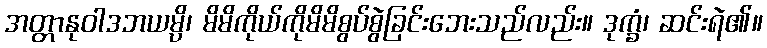
အတ္တာနုဝါဒဘယမ္ပိ၊ မိမိကိုယ်ကိုမိမိစွပ်စွဲခြင်းဘေးသည်လည်း။ ဒုက္ခံ၊ ဆင်းရဲ၏။